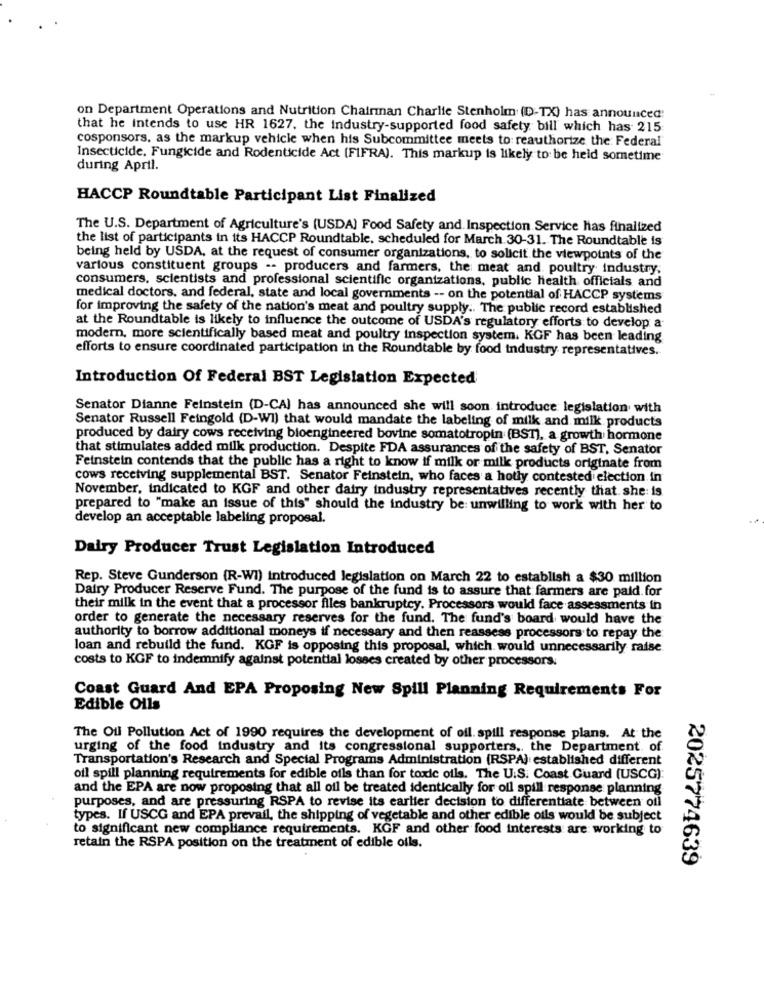
on Department Operations and Nutrition Chairman Charlie Stenholm (D-TX) has announced:
that he intends to use HR 1627. the industry-supported food safety bill which has 215
cosponsors, as the markup vehicle when his Subcommittee meets to: reauthorize the Federal
Insecticide. Fungicide and Rodenticide Act (FIFRA). This markup is likely to be held sometime
during April.
HACCP Roundtable Participant List Finalized
The U.S. Department of Agriculture's (USDA) Food Safety and. Inspection Service has finalized
the list of participants in its HACCP Roundtable, scheduled for March.30-31. The Roundtable is
being held by USDA, at the request of consumer organizations, to solicit the viewpoints of the
various constituent groups -- producers and farmers, the meat and poultry industry,
consumers, scientists and professional scientific organizations, public health officials and
medical doctors, and federal, state and local governments -- on the potential of HACCP systems
for improving the safety of the nation's meat and poultry supply .. The public record established
at the Roundtable is likely to influence the outcome of USDA's regulatory efforts to develop a
modern, more scientifically based meat and poultry inspection system. KGF has been leading
efforts to ensure coordinated participation in the Roundtable by food industry representatives.
Introduction Of Federal BST Legislation Expected
Senator Dianne Feinstein (D-CA) has announced she will soon introduce legislation with
Senator Russell Feingold (D-WI) that would mandate the labeling of milk and milk products
produced by dairy cows receiving bioengineered bovine somatotropin (BST), a growth hormone
that stimulates added milk production. Despite FDA assurances of the safety of BST, Senator
Feinstein contends that the public has a right to know if milk or milk products originate from
cows receiving supplemental BST. Senator Feinstein, who faces a hotly contested election in
November, indicated to KGF and other dairy industry representatives recently that she: is
prepared to "make an issue of this" should the industry be: unwilling to work with her to
develop an acceptable labeling proposal.
Dairy Producer Trust Legislation Introduced
Rep. Steve Gunderson (R-WI) introduced legislation on March 22 to establish a $30 million
Dairy Producer Reserve Fund. The purpose of the fund is to assure that farmers are paid. for
their milk in the event that a processor files bankruptcy. Processors would face assessments in
order to generate the necessary reserves for the fund. The fund's board would have the
authority to borrow additional moneys if necessary and then reassess processors to repay the
loan and rebuild the fund. KGF is opposing this proposal, which would unnecessarily raise
costs to KGF to indemnify against potential losses created by other processors.
Coast Guard And EPA Proposing New Spill Planning Requirements For
Edible Oils
The Oil Pollution Act of 1990 requires the development of oil. spill response plans. At the
urging of the food industry and its congressional supporters ., the Department of
Transportation's Research and Special Programs Administration (RSPA) established different
oil spill planning requirements for edible oils than for toxic oils. The U.S. Coast Guard (USCG):
and the EPA are now proposing that all oil be treated identically for oil spill response planning
purposes, and are pressuring RSPA to revise its earlier decision to differentiate between oil
types. If USCG and EPA prevail, the shipping of vegetable and other edible oils would be subject
to significant new compliance requirements. KGF and other food interests are working to
retain the RSPA position on the treatment of edible oils.
2025774639